Memorandum on the prevention of leprosy by segregation of the affected
Disease focus: Leprosy
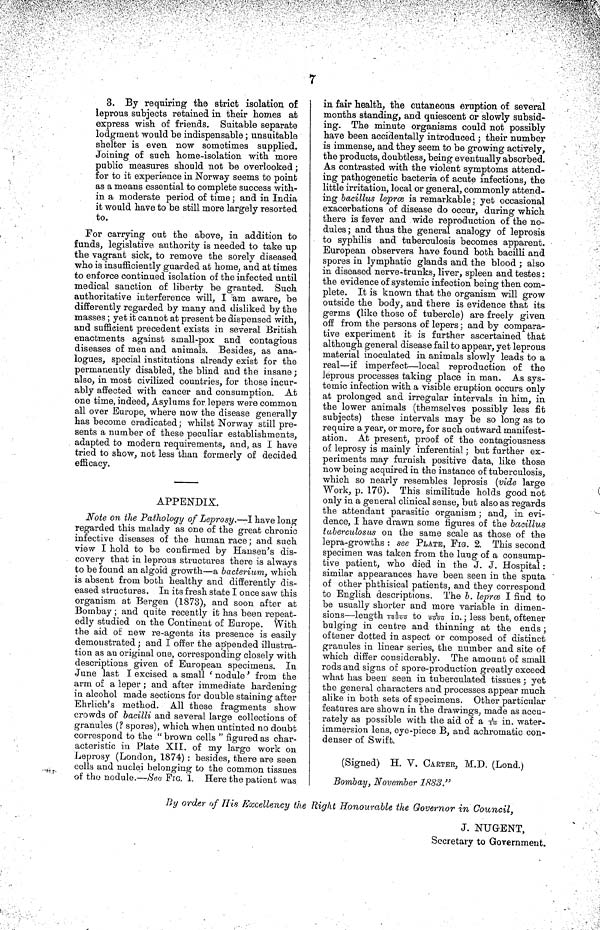
7
3. By requiring the strict isolation of
leprous subjects retained in their homes at
express wish of friends. Suitable separate
lodgment would be indispensable ; unsuitable
shelter is even now sometimes supplied.
Joining of such home-isolation with more
public measures should not be overlooked ;
for to it experience in Norway seems to point
as a means essential to complete success with-
in a moderate period of time ; and in India
it would have to be still more largely resorted
to.
For carrying out the above, in addition to
funds, legislative authority is needed to take up
the vagrant sick, to remove the sorely diseased
who is insufficiently guarded at home, and at times
to enforce continued isolation of the infected until
medical sanction of liberty be granted. Such
authoritative interference will, I am aware, be
differently regarded by many and disliked by the
masses ; yet it cannot at present be dispensed with,
and sufficient precedent exists in several British
enactments against small-pox and contagious
diseases of men and animals. Besides, as ana-
logues, special institutions already exist for the
permanently disabled, the blind and the insane ;
also, in most civilized countries, for those incur-
ably affected with cancer and consumption. At
one time, indeed, Asylums for lepers were common
all over Europe, where now the disease generally
has become eradicated ; whilst Norway still pre-
sents a number of these peculiar establishments,
adapted to modern requirements, and, as I have
tried to show, not less than formerly of decided
efficacy.
APPENDIX.
Note on the Pathology of Leprosy.—I have long
regarded this malady as one of the great chronic
infective diseases of the human race ; and such
view I hold to be confirmed by Hansen's dis-
covery that in leprous structures there is always
to be found an algoid growth—a bacterium, which
is absent from both healthy and differently dis-
eased structures. In its fresh state I once saw this
organism at Bergen (1873), and soon after at
Bombay ; and quite recently it has been repeat-
edly studied on the Continent of Europe. With
the aid of new re-agents its presence is easily
demonstrated ; and I offer the appended illustra-
tion as an original one, corresponding closely with
descriptions given of European specimens. In
June last I excised a small ' nodule' from the
arm of a leper ; and after immediate hardening
in alcohol made sections for double staining after
Ehrlich's method. All these fragments show
crowds of bacilli and several large collections of
granules (? spores), which when untinted no doubt
correspond to the " brown cells " figured as char-
acteristic in Plate XII. of my large work on
Leprosy (London, 1874) : besides, there are seen
cells and nuclei belonging to the common tissues
of the nodule.—See FIG. 1. Here the patient was
in fair health, the cutaneous eruption of several
months standing, and quiescent or slowly subsid-
ing. The minute organisms could not possibly
have been accidentally introduced ; their number
is immense, and they seem to be growing actively,
the products, doubtless, being eventually absorbed.
As contrasted with the violent symptoms attend-
ing pathogenetic bacteria of acute infections, the
little irritation, local or general, commonly attend-
ing bacillus lepræ is remarkable ; yet occasional
exacerbations of disease do occur, during which
there is fever and wide reproduction of the no-
dules ; and thus the general analogy of leprosis
to syphilis and tuberculosis becomes apparent.
European observers have found both bacilli and
spores in lymphatic glands and the blood ; also
in diseased nerve-trunks, liver, spleen and testes:
the evidence of systemic infection being then com-
plete. It is known that the organism will grow
outside the body, and there is evidence that its
germs (like those of tubercle) are freely given
off from the persons of lepers ; and by compara-
tive experiment it is further ascertained that
although general disease fail to appear, yet leprous
material inoculated in animals slowly leads to a
real—if imperfect—local reproduction of the
leprous processes taking place in man. As sys-
temic infection with a visible eruption occurs only
at prolonged and irregular intervals in him, in
the lower animals (themselves possibly less fit
subjects) these intervals may be so long as to
require a year, or more, for such outward manifest-
ation. At present, proof of the contagiousness
of leprosy is mainly inferential ; but further ex-
periments may furnish positive data, like those
now being acquired in the instance of tuberculosis,
which so nearly resembles leprosis (vide large
Work, p. 176). This similitude holds good not
only in a general clinical sense, but also as regards
the attendant parasitic organism ; and, in evi-
dence, I have drawn some figures of the bacillus
tuberculosus on the same scale as those of the
lepra-growths : see PLATE, FIG. 2. This second
specimen was taken from the lung of a consump-
tive patient, who died in the J. J. Hospital:
similar appearances have been seen in the sputa
of other phthisical patients, and they correspond
to English descriptions. The b. lepræ I find to
be usually shorter and more variable in dimen-
sions—length 1 / 16000 to 1 / 6000 in.; less bent, oftener
bulging in centre and thinning at the ends;
oftener dotted in aspect or composed of distinct
granules in linear series, the number and site of
which differ considerably. The amount of small
rods and signs of spore-production greatly exceed
what has been seen in tuberculated tissues ; yet
the general characters and processes appear much
alike in both sets of specimens. Other particular
features are shown in the drawings, made as accu-
rately as possible with the aid of a 1 / 10 in. water-
immersion lens, eye-piece B, and achromatic con-
denser of Swift.
(Signed) H. V. CARTER, M.D. (Lond.)
Bombay, November 1883."
By order of His Excellency the Right Honourable the Governor in Council,
J. NUGENT,
Secretary to Government.